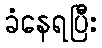
ခံနေရပြီး